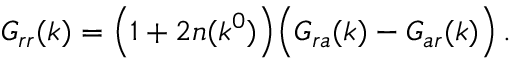
G _ { r r } ( k ) = \Bigl ( 1 + 2 n ( k ^ { 0 } ) \Bigr ) \Bigl ( G _ { r a } ( k ) - G _ { a r } ( k ) \Bigr ) \, .